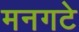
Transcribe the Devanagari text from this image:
मनगटे